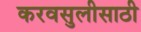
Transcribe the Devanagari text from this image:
करवसुलीसाठी